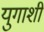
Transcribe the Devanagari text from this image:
युगाशी